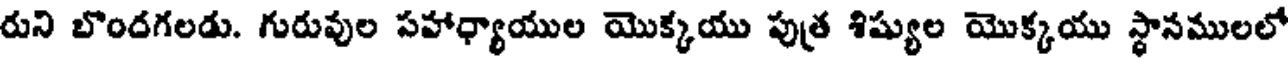
రుని బొందగలడు. గురువుల సహాధ్యాయుల యొక్కయు పుత్ర శిష్యుల యొక్కయు స్థానములలో